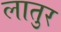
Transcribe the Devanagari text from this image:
लातुर